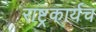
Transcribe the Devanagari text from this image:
राष्ट्रकार्यच